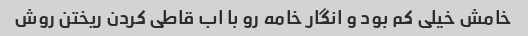
خامش خیلی کم بود و انگار خامه رو با اب قاطی کردن ریختن روش